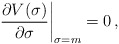
\begin{align*}\left. \frac{\partial V(\sigma)}{\partial \sigma} \right|_{\sigma = m}=0\, ,\end{align*}